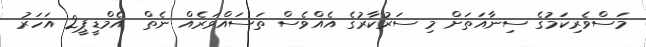
މަސްވެރިކަމުގެ ސިނާއަތަށް މި ސަރުކާރުގެ އެއްވެސް ތަސައްވަރެއް ނެތް  އެމްޑީޕީ2 އަހަރު